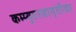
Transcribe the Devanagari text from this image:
कम्प्युटरजागृतीचा